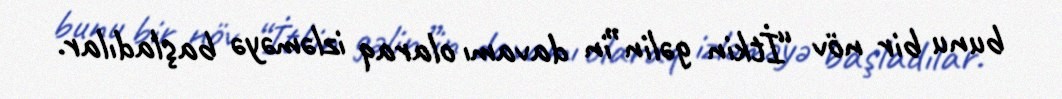
bunu bir növ “İtkin gəlin”in davamı olaraq izləməyə başladılar.